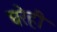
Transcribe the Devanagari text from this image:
घरेही